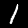
Digit: 1